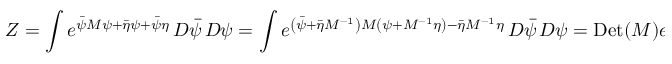
Z = \int e ^ { { \bar { \psi } } M \psi + { \bar { \eta } } \psi + { \bar { \psi } } \eta } \, D { \bar { \psi } } \, D \psi = \int e ^ { \left( { \bar { \psi } } + { \bar { \eta } } M ^ { - 1 } \right) M \left( \psi + M ^ { - 1 } \eta \right) - { \bar { \eta } } M ^ { - 1 } \eta } \, D { \bar { \psi } } \, D \psi = \mathrm { D e t } ( M ) e ^ { - { \bar { \eta } } M ^ { - 1 } \eta } \, ,